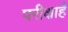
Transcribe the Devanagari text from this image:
परीक्षाहै